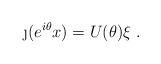
LaTeX: \begin{align*}\j(e^{i\theta}x) = U(\theta)\xi ~.\end{align*}